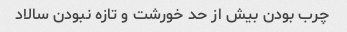
چرب بودن بیش از حد خورشت و تازه نبودن سالاد